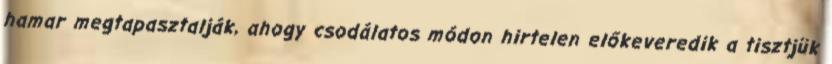
hamar megtapasztalják, ahogy csodálatos módon hirtelen előkeveredik a tisztjük